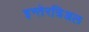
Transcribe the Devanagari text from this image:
इन्तेरत्रिअल